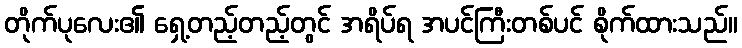
တိုက်ပုလေး၏ ရှေ့တည့်တည့်တွင် အရိပ်ရ အပင်ကြီးတစ်ပင် စိုက်ထားသည်။